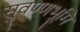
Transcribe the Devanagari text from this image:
सुवण्णभूमि